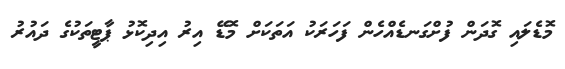
މޮޑެލައި ގޮދަން ފުށްގަނޑެއްހެން ފަހަރަކު އަތަކަށް މޮޑޭ އިރު އިދިކޮޅު ޕާޓީތަކުގެ ދައުރު